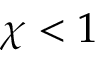
\chi < 1